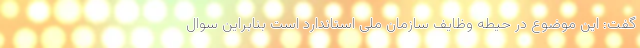
گفت: این موضوع در حیطه وظایف سازمان ملی استاندارد است بنابراین سوال